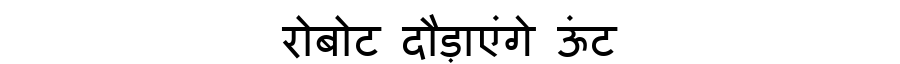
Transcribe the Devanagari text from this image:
रोबोट दौड़ाएंगे ऊंट